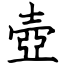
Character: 壺